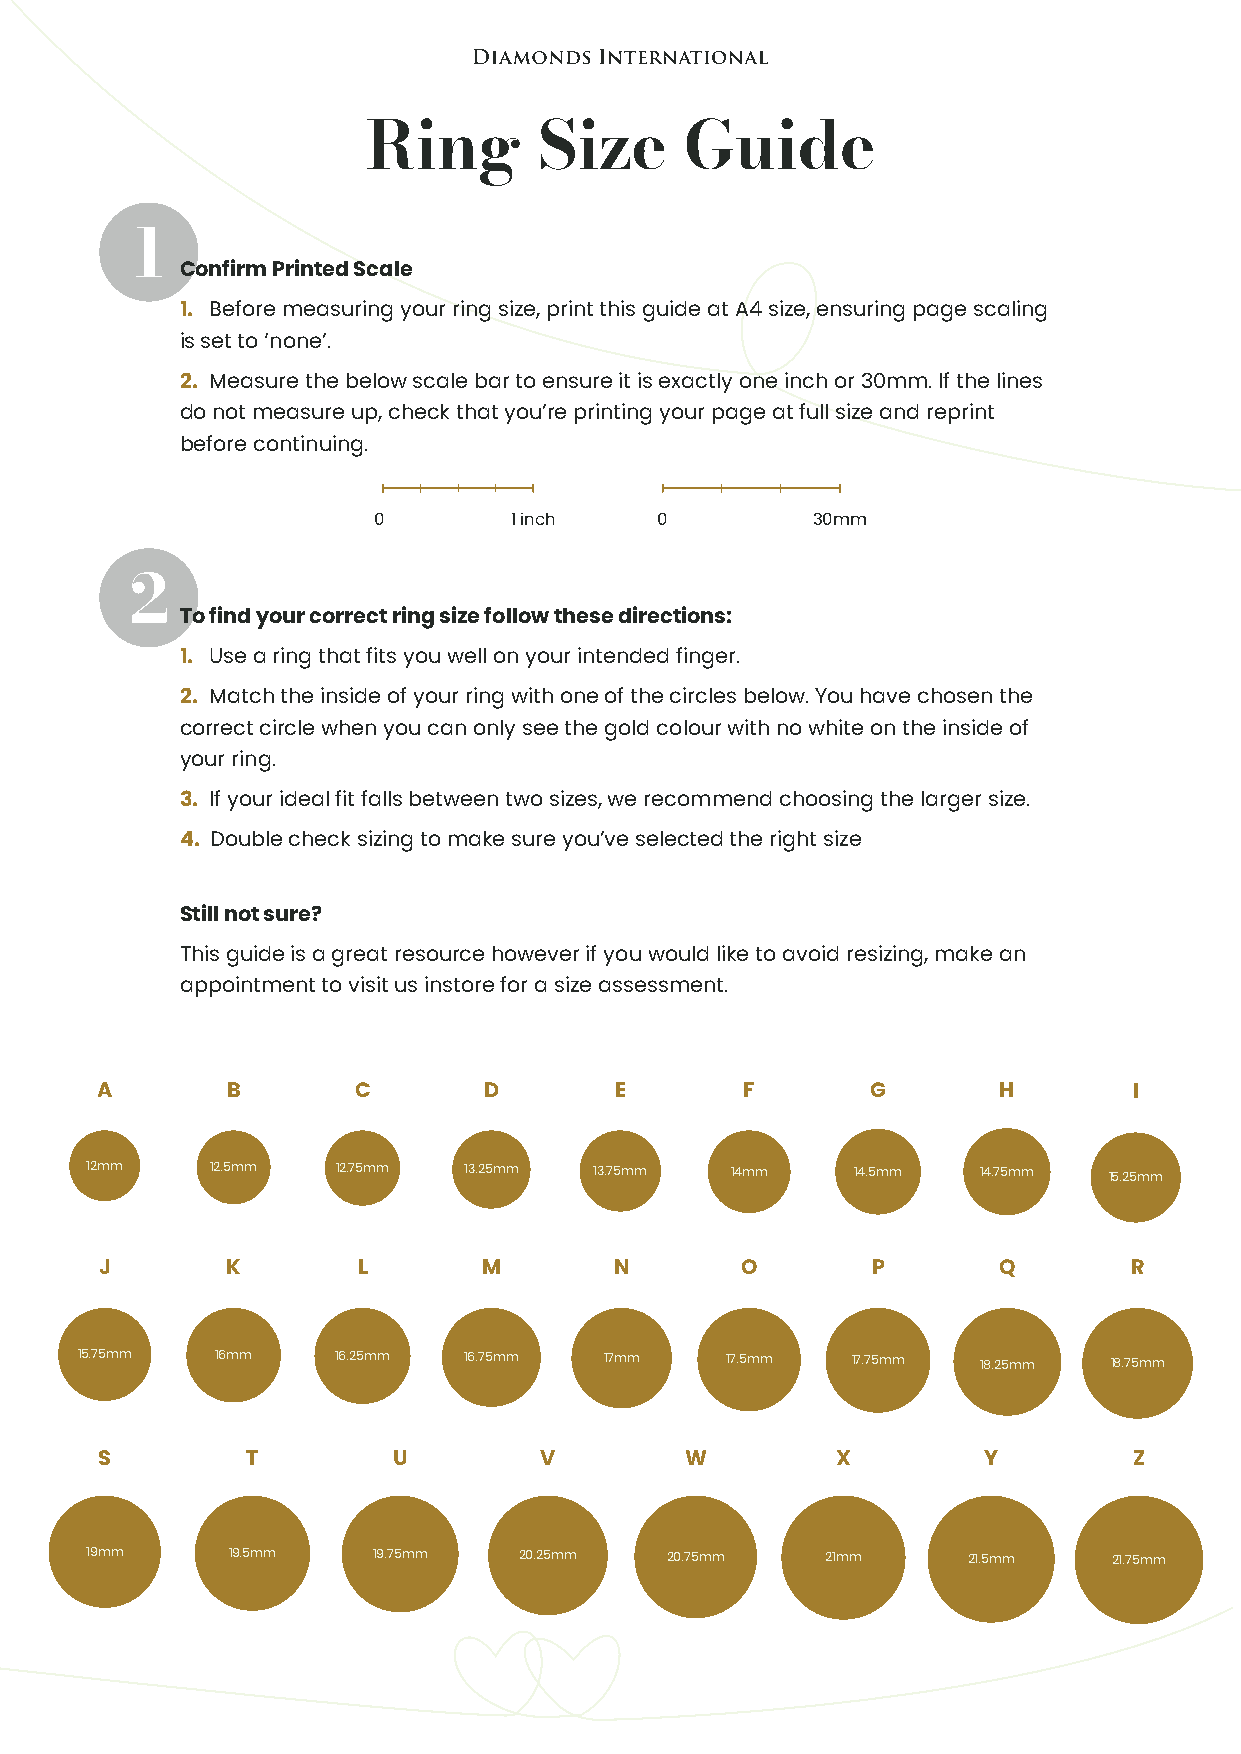
Ring        Size     Guide
 1
 Confirm Printed Scale
 1. Before measuring your ring size, print this guide at A4 size, ensuring page scaling
 is set to ‘none’.
 2. Measure the below scale bar to ensure it is exactly one inch or 30mm. If the lines
 do not measure up, check that you’re printing your page at full size and reprint
 before continuing.
 0        1 inch   0          30mm
 2
 To find your correct ring size follow these directions:
 1. Use a ring that fits you well on your intended finger.
 2. Match the inside of your ring with one of the circles below. You have chosen the
 correct circle when you can only see the gold colour with no white on the inside of
 your ring.
 3. If your ideal fit falls between two sizes, we recommend choosing the larger size.
 4. Double check sizing to make sure you’ve selected the right size
 Still not sure?
 This guide is a great resource however if you would like to avoid resizing, make an
 appointment to visit us instore for a size assessment.
 A        B       C        D        E       F        G       H        I
 12mm    12.5mm  12.75mm  13.25mm 13.75mm  14mm     14.5mm  14.75mm 15.25mm
 J       K        L       M        N       O        P       Q        R
 15.75mm  16mm    16.25mm  16.75mm  17mm    17.5mm  17.75mm  18.25mm 18.75mm
 S        T         U         V        W         X         Y         Z
 19mm     19.5mm    19.75mm  20.25mm   20.75mm    21mm     21.5mm    21.75mm